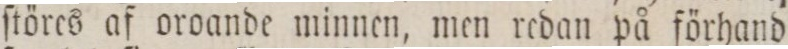
ſtöres af oroande minnen, men redan på förhand